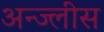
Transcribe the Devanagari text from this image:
अन्ज्लीस